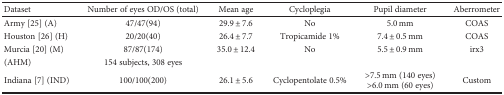
<table><thead><tr><td><b>Dataset</b></td><td><b>Number of eyes OD/OS (total)</b></td><td><b>Mean age</b></td><td><b>Cycloplegia</b></td><td><b>Pupil diameter</b></td><td><b>Aberrometer</b></td></tr></thead><tbody><tr><td>Army [25] (A)</td><td>47/47(94)</td><td>29.9 ± 7.6</td><td>No</td><td>5.0 mm</td><td>COAS</td></tr><tr><td>Houston [26] (H)</td><td>20/20(40)</td><td>26.4 ± 7.7</td><td>Tropicamide 1%</td><td>7.4 ± 0.5 mm</td><td>COAS</td></tr><tr><td>Murcia [20] (M)</td><td>87/87(174)</td><td>35.0 ± 12.4</td><td>No</td><td>5.5 ± 0.9 mm</td><td>irx3</td></tr><tr><td>(AHM)</td><td>154 subjects, 308 eyes</td><td> </td><td> </td><td> </td><td> </td></tr><tr><td>Indiana [7] (IND)</td><td>100/100(200)</td><td>26.1 ± 5.6</td><td>Cyclopentolate 0.5%</td><td>&gt;7.5 mm (140 eyes)&gt;6.0 mm (60 eyes)</td><td>Custom</td></tr></tbody></table>